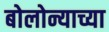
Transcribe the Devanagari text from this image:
बोलोन्याच्या